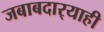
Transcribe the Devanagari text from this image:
जबाबदार्‍याही